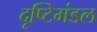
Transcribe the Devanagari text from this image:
दृष्टिमंडल